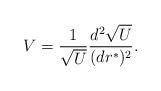
LaTeX: \begin{align*}V = {1\over \sqrt{U}} {d^2 \sqrt{U}\over (dr^*)^2}.\end{align*}